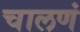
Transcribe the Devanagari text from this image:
चालणं